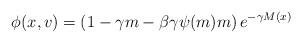
LaTeX: \begin{align*} \phi (x,v) = \left( 1 -\gamma m -\beta \gamma \psi(m) m \right)e^{-\gamma M(x)} \end{align*}